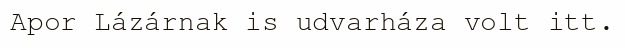
Apor Lázárnak is udvarháza volt itt.